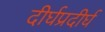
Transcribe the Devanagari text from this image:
दीर्घप्रदीर्घ